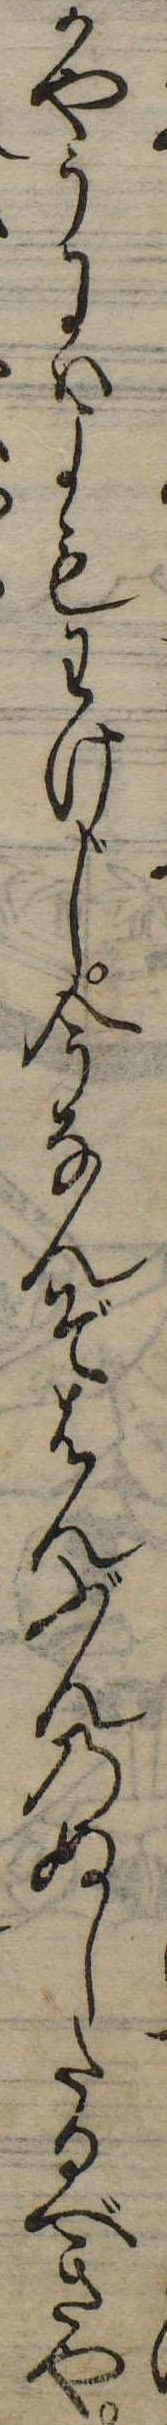
かやうにはよもわけじ今なんぞはんぶんのぬしたるべきや